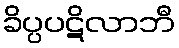
ခိပ္ပပဋိလာဘီ